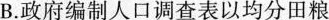
B.政府编制人口调查表以均分田粮